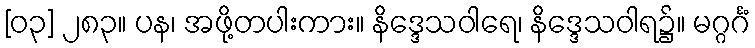
[၀၃] ၂၈၃။ ပန၊ အဖို့တပါးကား။ နိဒ္ဒေသဝါရေ၊ နိဒ္ဒေသဝါရ၌။ မဂ္ဂင်္ဂံ